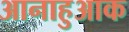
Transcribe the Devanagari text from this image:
आनाहुआक